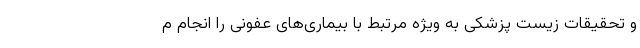
و تحقیقات زیست پزشکی به ویژه مرتبط با بیماری‌های عفونی را انجام م